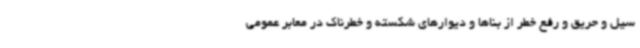
سیل و حریق و رفع خطر از بناها و دیوارهای شکسته و خطرناک در معابر عمومی